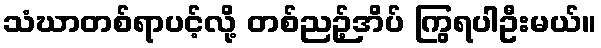
သံဃာတစ်ရာပင့်လို့ တစ်ညဉ့်အိပ် ကြွရပါဦးမယ်။